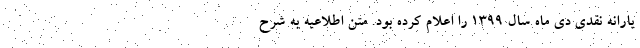
یارانه نقدی دی ماه سال 1399 را اعلام کرده بود. متن اطلاعیه به شرح